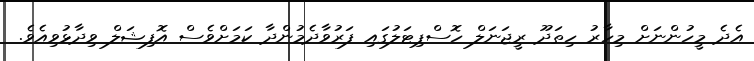
އެދެ މީހުންނަށް މިހާރު ހިތަދޫ ރީޖަނަލް ހޮސްޕިޓަލުގައި ފަރުވާދެމުންދާ ކަމަށްވެސް އޮފިޝަލް ވިދާޅުވިއެވެ.